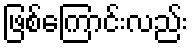
ဖြစ်ကြောင်းလည်း